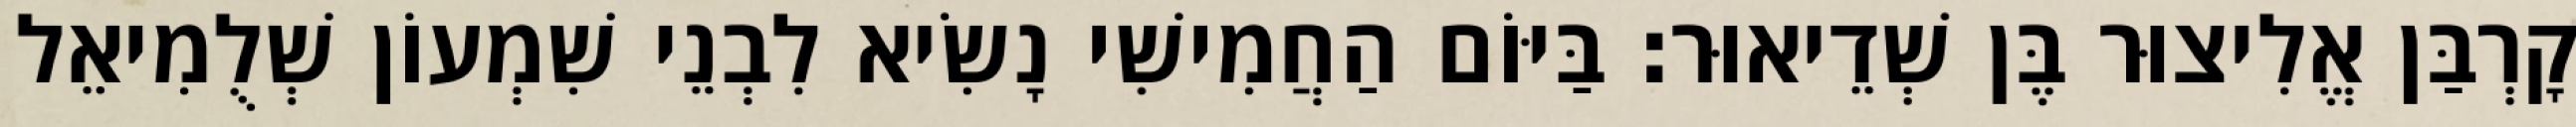
קָרְבַּן אֱלִיצוּר בֶּן שְׁדֵיאוּר׃ בַּיּוֹם הַחֲמִישִׁי נָשִׂיא לִבְנֵי שִׁמְעוֹן שְׁלֻמִיאֵל